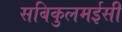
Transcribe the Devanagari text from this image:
सबिकुलमईसी